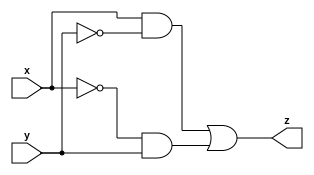
`timescale 1ns / 1ps
//////////////////////////////////////////////////////////////////////////////////
// Company: 
// Engineer: 
// 
// Design Name: 
// Module Name:    myxor 
// Project Name: 
// Target Devices: 
// Tool versions: 
// Description: 
//
// Dependencies: 
//
// Revision: 
// Revision 0.01 - File Created
// Additional Comments: 
//
//////////////////////////////////////////
module myxor(x, y, z);
    input x;
    input y;
    output z;
    wire z;
    assign z = (x & ~y) | (~x & y);
endmodule